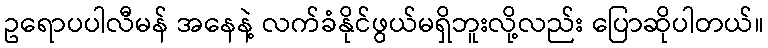
ဥရောပပါလီမန် အနေနဲ့ လက်ခံနိုင်ဖွယ်မရှိဘူးလို့လည်း ပြောဆိုပါတယ်။